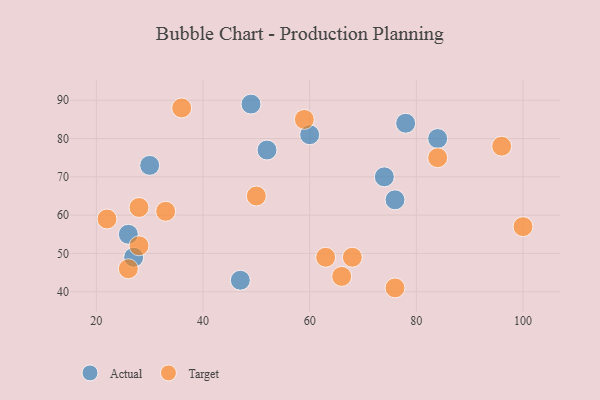
{"axis": {"x": "GDP", "y": "Life Expectancy"}, "legend": ["Actual", "Target"], "data": [{"x": "74", "y": 70, "type": "Actual"}, {"x": "30", "y": 73, "type": "Actual"}, {"x": "84", "y": 80, "type": "Actual"}, {"x": "26", "y": 55, "type": "Actual"}, {"x": "47", "y": 43, "type": "Actual"}, {"x": "49", "y": 89, "type": "Actual"}, {"x": "60", "y": 81, "type": "Actual"}, {"x": "76", "y": 64, "type": "Actual"}, {"x": "27", "y": 49, "type": "Actual"}, {"x": "78", "y": 84, "type": "Actual"}, {"x": "52", "y": 77, "type": "Actual"}, {"x": "84", "y": 75, "type": "Target"}, {"x": "26", "y": 46, "type": "Target"}, {"x": "96", "y": 78, "type": "Target"}, {"x": "68", "y": 49, "type": "Target"}, {"x": "28", "y": 52, "type": "Target"}, {"x": "100", "y": 57, "type": "Target"}, {"x": "63", "y": 49, "type": "Target"}, {"x": "50", "y": 65, "type": "Target"}, {"x": "22", "y": 59, "type": "Target"}, {"x": "28", "y": 62, "type": "Target"}, {"x": "36", "y": 88, "type": "Target"}, {"x": "59", "y": 85, "type": "Target"}, {"x": "76", "y": 41, "type": "Target"}, {"x": "66", "y": 44, "type": "Target"}, {"x": "33", "y": 61, "type": "Target"}]}